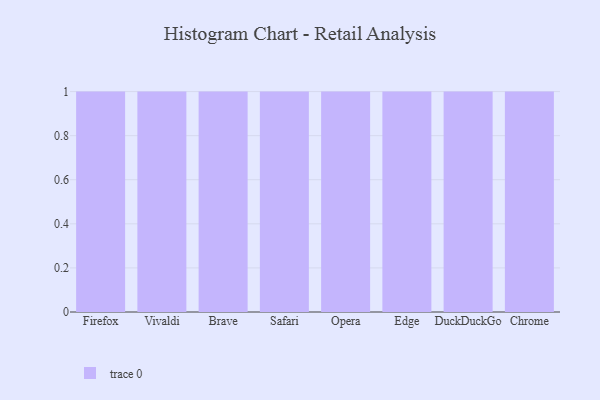
{"axis": {"x": "Browser", "y": "Humidity (%)"}, "legend": [""], "data": [{"x": "Firefox", "y": 53, "type": ""}, {"x": "Vivaldi", "y": 62, "type": ""}, {"x": "Brave", "y": 14, "type": ""}, {"x": "Safari", "y": 10, "type": ""}, {"x": "Opera", "y": 99, "type": ""}, {"x": "Edge", "y": 18, "type": ""}, {"x": "DuckDuckGo", "y": 92, "type": ""}, {"x": "Chrome", "y": 17, "type": ""}]}